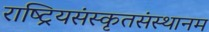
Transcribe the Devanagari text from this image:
राष्ट्रियसंस्कृतसंस्थानम